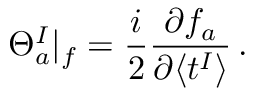
\Theta _ { a } ^ { I } | _ { f } = \frac { i } { 2 } \frac { \partial f _ { a } } { \partial \langle t ^ { I } \rangle } \, .